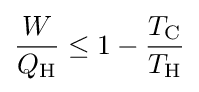
{\frac {W}{Q_{\text{H}}}}\leq 1-{\frac {T_{\text{C}}}{T_{\text{H}}}}